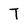
Character: T